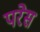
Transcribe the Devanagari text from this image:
परेस